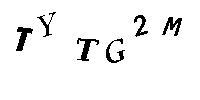
TYTG2M